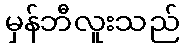
မှန်ဘီလူးသည်